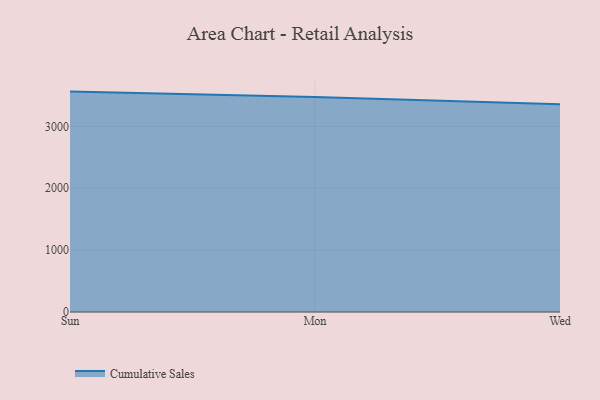
{"axis": {"x": "Day", "y": "Temperature (°C)"}, "legend": ["Cumulative Sales"], "data": [{"x": "Sun", "y": 3562.3, "type": "Cumulative Sales"}, {"x": "Mon", "y": 3475.0, "type": "Cumulative Sales"}, {"x": "Wed", "y": 3358.9, "type": "Cumulative Sales"}]}